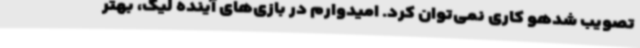
تصویب شدهو کاری نمی‌توان کرد. امیدوارم در بازی‌های آینده لیگ، بهتر